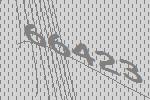
66423